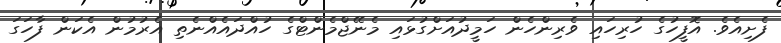
ފެށިއެވެ. އޮފީހުގެ ހުރިހައި ވެރިންހެން ހަމީދުއަށްގުޅައި މެނޭޖްމެންޓްގެ ހުއްދައެއްނެތި އެރުމުން އެކަން ފާހަގަ